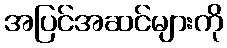
အပြင်အဆင်များကို